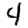
Digit: 4